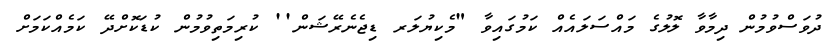
ދުވަސްވުމުން ދިމާވާ ލޮލުގެ މައްސަލައެއް ކަމުގައިވާ "މެކިޔުލަރ ޑިޖެނެރޭޝަން'' ކުރިމަތިވުމުން ކުޑަކޮށްދޭ ކަމެއްކަމަށް